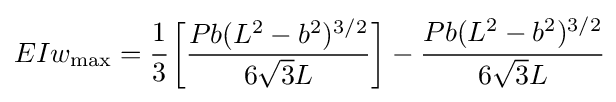
EIw_{\mathrm {max} }={\cfrac {1}{3}}\left[{\dfrac {Pb(L^{2}-b^{2})^{3/2}}{6{\sqrt {3}}L}}\right]-{\cfrac {Pb(L^{2}-b^{2})^{3/2}}{6{\sqrt {3}}L}}